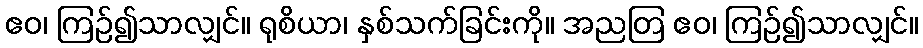
ဧဝ၊ ကြဉ်၍သာလျှင်။ ရုစိယာ၊ နှစ်သက်ခြင်းကို။ အညတြ ဧဝ၊ ကြဉ်၍သာလျှင်။